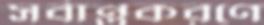
সর্বান্তকরণে